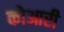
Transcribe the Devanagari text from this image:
कोआरी